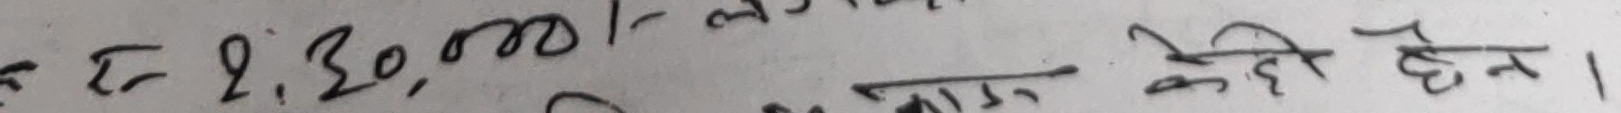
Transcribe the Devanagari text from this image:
रु १, ३०,०००।–लाख केही हुदैन ।